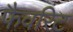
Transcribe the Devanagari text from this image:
फैवरिट